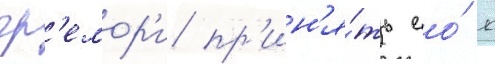
гр'емор'и пр'ин'я́ть ео́ к